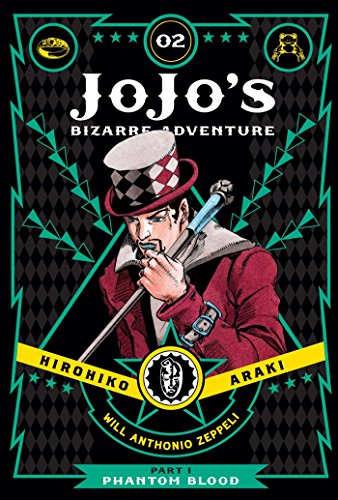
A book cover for JoJo's Bizarre Adventure: Part 1--Phantom Blood, Vol. 2; Hirohiko Araki; Comics & Graphic Novels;